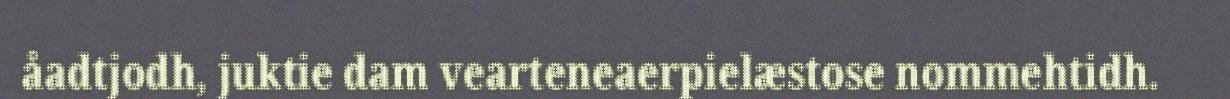
åadtjodh, juktie dam vearteneaerpielæstose nommehtidh.